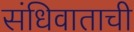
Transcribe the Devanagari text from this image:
संधिवाताची